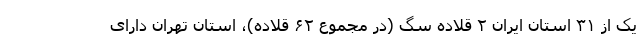
یک از ۳۱ استان ایران ۲ قلاده سگ (در مجموع ۶۲ قلاده)، استان تهران دارای